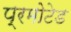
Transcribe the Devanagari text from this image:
प्रमोटेड